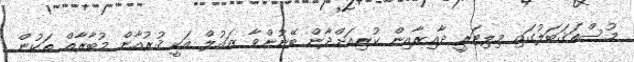
މުސްތަޤަބަލުގައި މިލިޓަރީ ދާއިރާއިން ކުރިއަށްދާން ބޭނުންވާ ޒައުލް އަކީ ޤުރުއާން މުބާރާތް ތަކުން